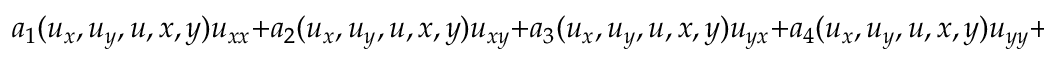
a _ { 1 } ( u _ { x } , u _ { y } , u , x , y ) u _ { x x } + a _ { 2 } ( u _ { x } , u _ { y } , u , x , y ) u _ { x y } + a _ { 3 } ( u _ { x } , u _ { y } , u , x , y ) u _ { y x } + a _ { 4 } ( u _ { x } , u _ { y } , u , x , y ) u _ { y y } + f ( u _ { x } , u _ { y } , u , x , y ) = 0